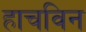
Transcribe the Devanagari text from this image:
हाचविन